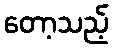
တော့သည့်